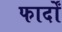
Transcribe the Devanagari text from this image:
फार्दों